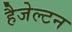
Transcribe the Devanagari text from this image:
हैजेल्टन